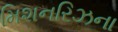
મિશનરિઝના